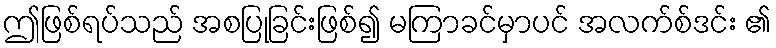
ဤဖြစ်ရပ်သည် အစပြုခြင်းဖြစ်၍ မကြာခင်မှာပင် အလက်စ်ဒင်း ၏